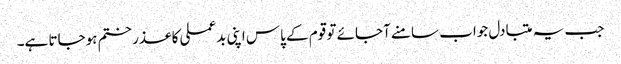
جب یہ متبادل جواب سامنے آجائے تو قوم کے پاس اپنی بدعملی کا عذر ختم ہوجاتا ہے۔